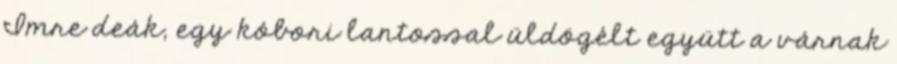
Imre deák, egy kóbori lantossal üldögélt együtt a várnak